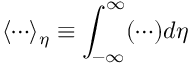
\langle \cdots \rangle _ { \eta } \equiv \int _ { - \infty } ^ { \infty } ( \cdots ) d \eta